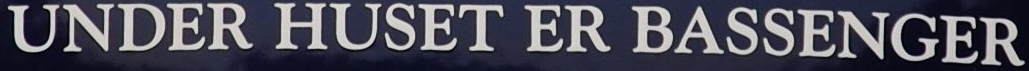
UNDER HUSET ER BASSENGER